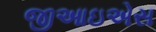
જીઆઇએસ